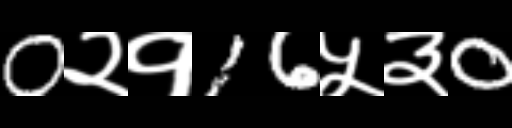
Text: 0२१16५३0